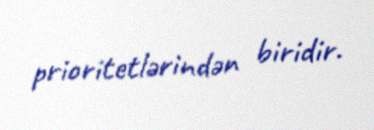
prioritetlərindən biridir.